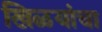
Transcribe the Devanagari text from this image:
खिळयांचा